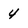
Character: 4